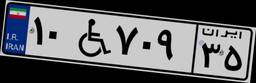
۱۰W۷۰۹۳۵